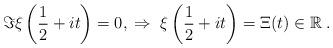
LaTeX: \begin{align*}\Im\xi\left(\frac{1}{2}+it\right) = 0,\;\Rightarrow\; \xi\left(\frac{1}{2}+it\right) = \Xi(t) \in\mathbb{R}\;.\end{align*}